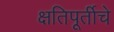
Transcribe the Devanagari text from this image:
क्षतिपूर्तीचे